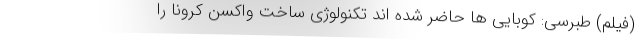
(فیلم) طبرسی: کوبایی ها حاضر شده اند تکنولوژی ساخت واکسن کرونا را